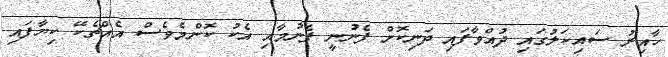
ހާއިރު ސައިކަލުގައި ދުއްވާފައި ދަނިކޮށް ފެނުނީ ފެނުމާއި އެކު ކޮންމެވެސް އެއްޗެކޭ ކިޔާފައި